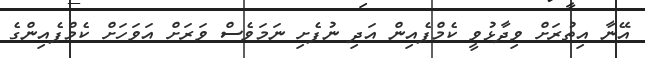
އޭނާ އިތުރަށް ވިދާޅުވީ ކެމްޕެއިން އަދި ނުފެށި ނަމަވެސް ވަރަށް އަވަހަށް ކެމްޕެއިންގެ